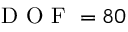
\mathrm { ~ D ~ O ~ F ~ } = 8 0